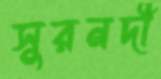
সুরনদী